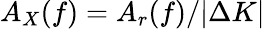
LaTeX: A_{X}(f)=A_{r}(f)/|\Delta K|